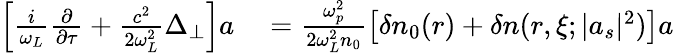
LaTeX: \begin{array}{rl}{\left[\frac{i}{\omega_{L}}\frac{\partial}{\partial\tau}+\frac{c^{2}}{2\omega_{L}^{2}}\Delta_{\perp}\right]a}&{{}=\frac{\omega_{p}^{2}}{2\omega_{L}^{2}n_{0}}\left[\delta n_{0}(r)+\delta n(r,\xi;|a_{s}|^{2})\right]a}\end{array}